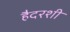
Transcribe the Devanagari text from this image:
हैदरशी